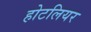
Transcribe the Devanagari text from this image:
होटलियर